Annual report on the mental hospital in the Central Provinces and Berar (Nagpur) - 1927-1951
Year: 1927
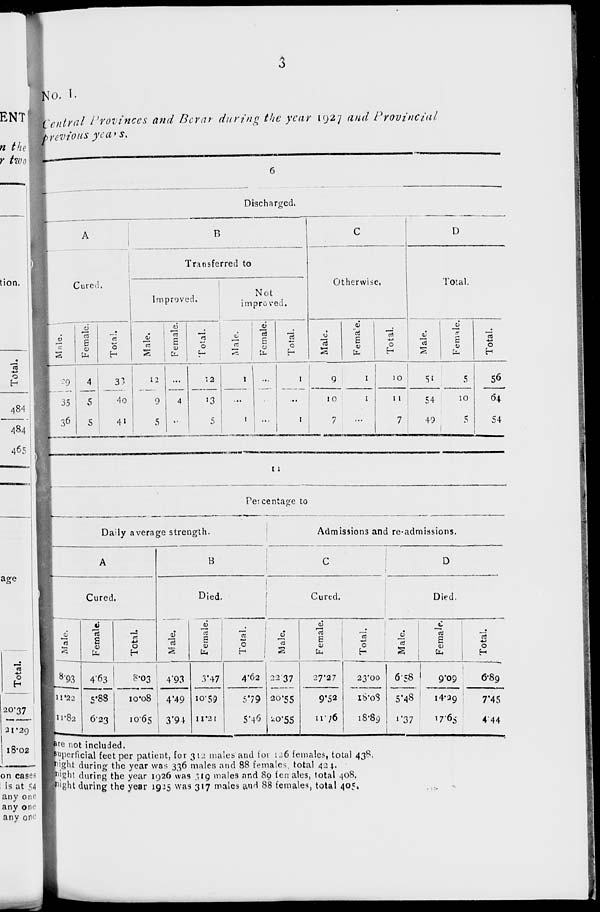
3
No. I.
Central Provinces and Berar during the year 1927 and Provincial
previous years.
6
Discharged.
A
Cured.
Male.
29
35
36
Female.
4
5
5
Total.
33
40
41
B
Transferred to
Improved.
Male.
12
9
5
Female.
...
4
...
Total.
12
13
5
Not
improved.
Male.
1
...
1
Female.
...
...
Total.
1
...
1
C
Otherwise.
Male.
9
10
7
Female.
1
1
...
Total.
10
1 1
7
D
Total.
Male.
51
54
49
Female.
5
10
5
Total.
56
64
54
11
Percentage to
Daily average strength.
A
Cured.
Male.
8.93
11.22
11.82
Female.
4.63
5.88
6.23
Total.
8.03
10.08
10.65
B
Died.
Male.
4.93
4.49
3.94
Female.
3.47
10.59
11.21
Total.
4.62
5.79
5.46
Admissions and re-admissions.
C
Cured.
Male.
22.37
20.55
20.55
Female.
27.27
9.52
11.76
Total.
23.00
18.08
18.89
D
Died.
Male.
6.58
5.48
1.37
Female.
9.09
14.29
17.65
Total.
6.89
7.45
4.44
are not included.
superficial feet per patient, for 312 males and for 126 females, total 438.
night during the year was 336 males and 88 females, total 424.
night during the year 1926 was 319 males and 89 females, total 408.
night during the year 1925 was 317 males and 88 females, total 405.